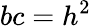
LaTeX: bc=h^{2}